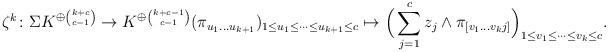
LaTeX: \begin{align*} \zeta^{k} \colon \Sigma K ^{\oplus{k+c\choose c-1}} \to K^{\oplus{k+c-1\choose{c-1}}} (\pi_{u_1\dots u_{k+1}})_{1\leq u_1\leq\dots\leq u_{k+1}\leq c} \mapsto \Big( \sum_{j=1}^c z_j\wedge \pi_{[v_1\dots v_k j]} \Big)_{1\leq v_1\leq\dots\leq v_k\leq c}. \end{align*}